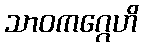
သာဝကဂ္ဂေဟိ